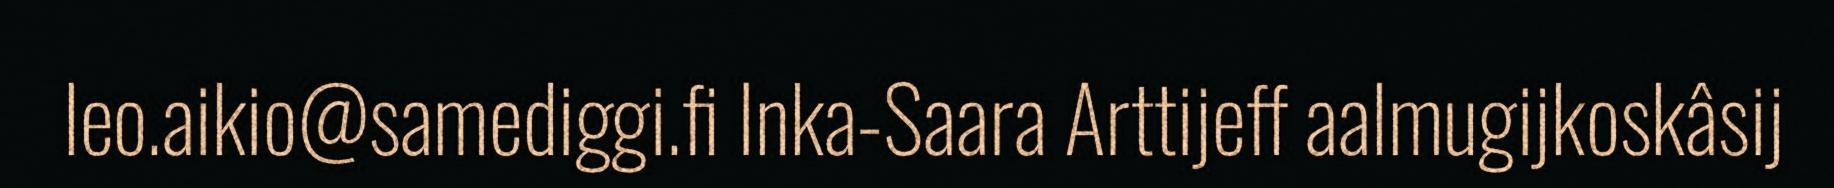
leo.aikio@samediggi.fi Inka-Saara Arttijeff aalmugijkoskâsij